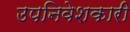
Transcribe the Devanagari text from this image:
उपनिवेशकारी